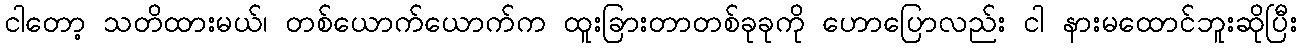
ငါတော့ သတိထားမယ်၊ တစ်ယောက်ယောက်က ထူးခြားတာတစ်ခုခုကို ဟောပြောလည်း ငါ နားမထောင်ဘူးဆိုပြီး